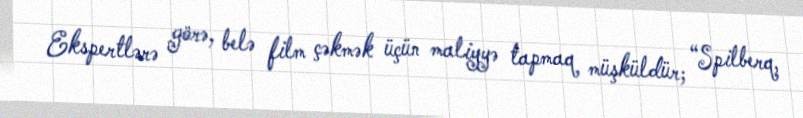
Ekspertlərə görə, belə film çəkmək üçün maliyyə tapmaq müşküldür; “Spilberq,